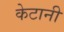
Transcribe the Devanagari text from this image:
केटानी